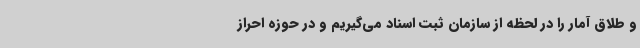
و طلاق آمار را در لحظه از سازمان ثبت اسناد می‌گیریم و در حوزه احراز